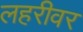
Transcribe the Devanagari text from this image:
लहरीवर